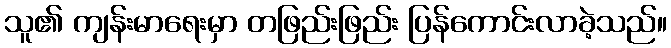
သူ၏ ကျန်းမာရေးမှာ တဖြည်းဖြည်း ပြန်ကောင်းလာခဲ့သည်။